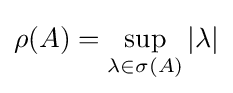
\rho (A)=\sup _{\lambda \in \sigma (A)}|\lambda |